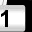
Digit: 1